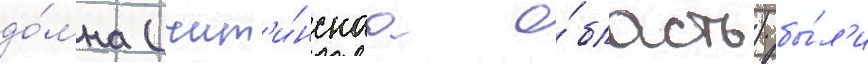
до́мна (чит'и́нскаа о́бласть) бы́л'и